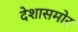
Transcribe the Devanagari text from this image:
देशासमोर